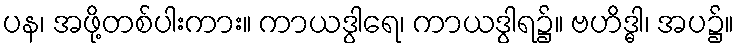
ပန၊ အဖို့တစ်ပါးကား။ ကာယဒွါရေ၊ ကာယဒွါရ၌။ ဗဟိဒ္ဓါ၊ အပ၌။